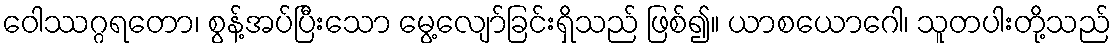
ဝေါဿဂ္ဂရတော၊ စွန့်အပ်ပြီးသော မွေ့လျော်ခြင်းရှိသည် ဖြစ်၍။ ယာစယောဂေါ၊ သူတပါးတို့သည်